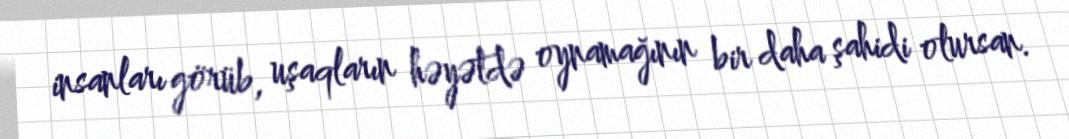
insanları görüb, uşaqların həyətdə oynamağının bir daha şahidi olursan.